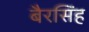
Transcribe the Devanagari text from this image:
बैरसिंह